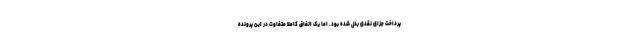
پرداخت جزای نقدی بدل شده بود. اما یک اتفاق کاملا متفاوت در این پرونده